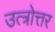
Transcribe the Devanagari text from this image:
उत्त्रोत्तर